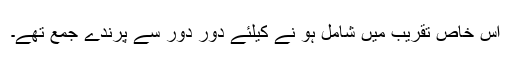
اس خاص تقریب میں شامل ہو نے کیلئے دور دور سے پرندے جمع تھے۔